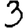
Digit: 3